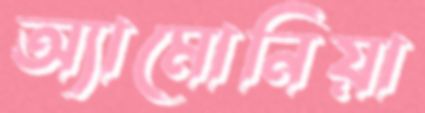
অ্যামোনিয়া